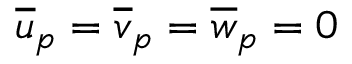
\overline { { u } } _ { p } = \overline { { v } } _ { p } = \overline { { w } } _ { p } = 0